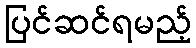
ပြင်ဆင်ရမည့်